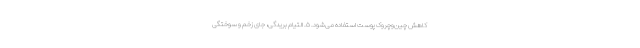
کاهش چین‌وچروک پوست استفاده می‌شود. ۵. التیام بریدگی، جای زخم و سوختگی